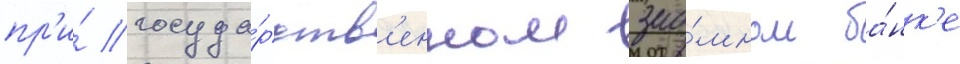
пр'и́ госуда́рств'енном зао́мном ба́нк'е